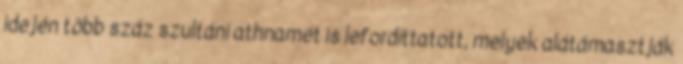
idején több száz szultáni athnamét is lefordíttatott, melyek alátámasztják